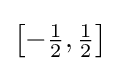
{\bigl [}{-{\tfrac {1}{2}}},{\tfrac {1}{2}}{\bigr ]}